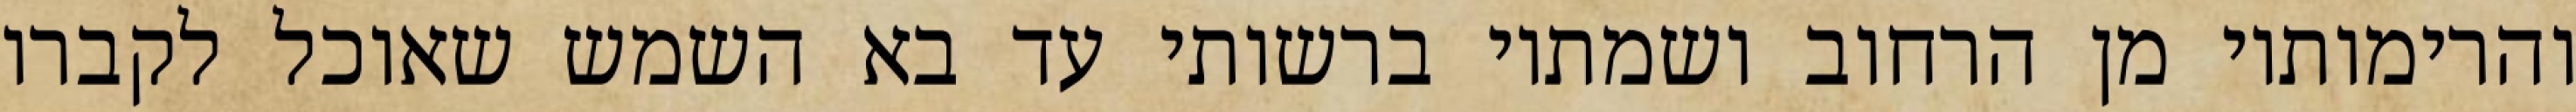
והרימותיו מן הרחוב ושמתיו ברשותי עד בא השמש שאוכל לקברו